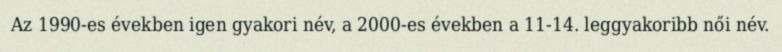
Az 1990-es években igen gyakori név, a 2000-es években a 11-14. leggyakoribb női név.